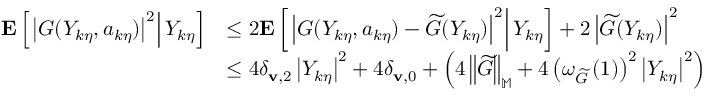
\begin{array} { r l } { \mathbf { E } \left[ \left. \left| G ( Y _ { k \eta } , a _ { k \eta } ) \right| ^ { 2 } \right| Y _ { k \eta } \right] } & { \le 2 \mathbf { E } \left[ \left. \left| G ( Y _ { k \eta } , a _ { k \eta } ) - \widetilde { G } ( Y _ { k \eta } ) \right| ^ { 2 } \right| Y _ { k \eta } \right] + 2 \left| \widetilde { G } ( Y _ { k \eta } ) \right| ^ { 2 } } \\ & { \le 4 \delta _ { \mathbf { v } , 2 } \left| Y _ { k \eta } \right| ^ { 2 } + 4 \delta _ { \mathbf { v } , 0 } + \left( 4 \left\| \widetilde { G } \right\| _ { \mathbb { M } } + 4 \left( \omega _ { \widetilde { G } } \left( 1 \right) \right) ^ { 2 } \left| Y _ { k \eta } \right| ^ { 2 } \right) } \end{array}